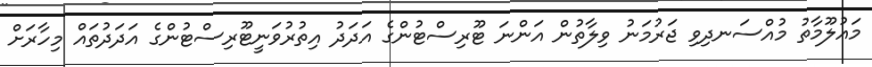
މައުލޫމާތު މުއްސަނދިވި ޖަރުމަނު ވިލާތުން އަންނަ ޓޫރިސްޓުންގެ އަދަދު އިތުރުވަނީޓޫރިސްޓުންގެ އަދަދުތައް މިހާރަށް